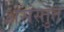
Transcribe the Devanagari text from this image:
असंस्तुत